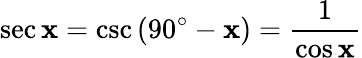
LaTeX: \sec\mathbf{x}=\csc\left(90^{\circ}-\mathbf{x}\right)={\frac{{1}}{{\cos\mathbf{x}}}}